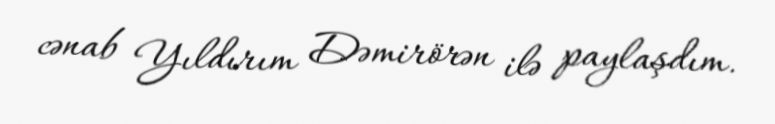
cənab Yıldırım Dəmirörən ilə paylaşdım.